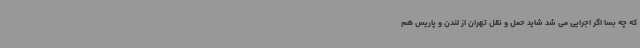
که چه بسا اگر اجرایی می شد شاید حمل و نقل تهران از لندن و پاریس هم